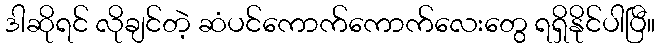
ဒါဆိုရင် လိုချင်တဲ့ ဆံပင်ကောက်ကောက်လေးတွေ ရရှိနိုင်ပါပြီ။